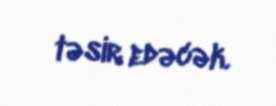
təsir edəcək.